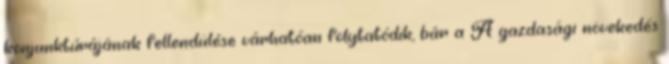
konjunktúrájának fellendülése várhatóan folytatódik, bár a A gazdasági növekedés